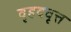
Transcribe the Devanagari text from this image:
वृहदवृत्त